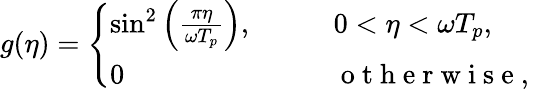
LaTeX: g(\eta)=\left\{ \begin{array}{ll}{\sin^{2}\left(\frac{\pi\eta}{\omega T_{p}}\right),\qquad}&{0<\eta<\omega T_{p},}\\ {0}&{\mathrm{~o~t~h~e~r~w~i~s~e~,~}}\end{array}\right.